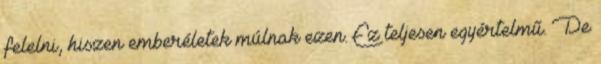
felelni, hiszen emberéletek múlnak ezen. Ez teljesen egyértelmű. De